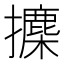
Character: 𪮾